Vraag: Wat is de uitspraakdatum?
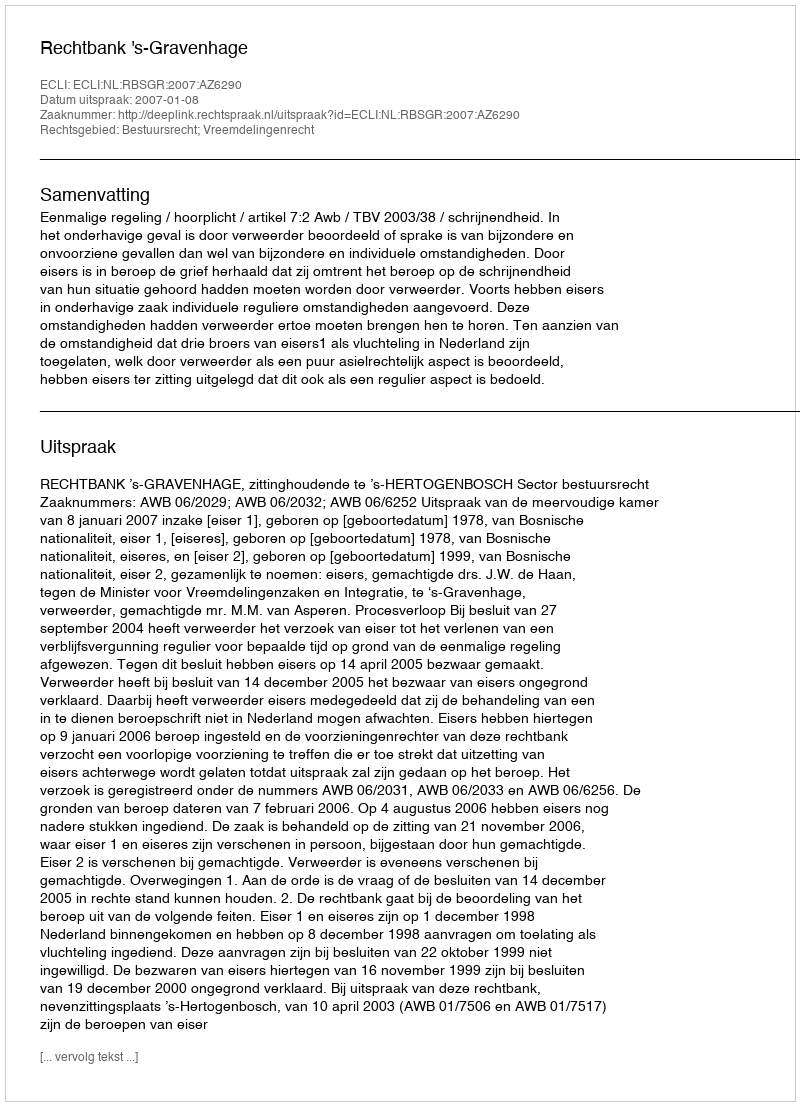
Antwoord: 2007-01-08